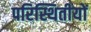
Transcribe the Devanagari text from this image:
परिस्थितीयों